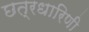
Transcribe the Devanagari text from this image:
छत्रधारिणी